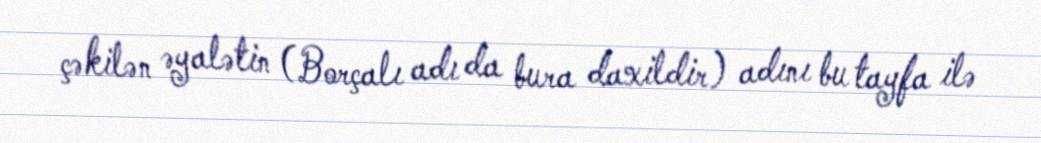
çəkilən əyalətin (Borçalı adı da bura daxildir) adını bu tayfa ilə